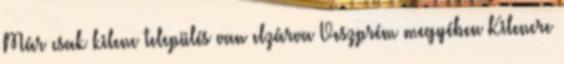
Már csak kilenc település van elzárva Veszprém megyében Kilencre